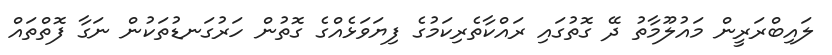
ލައިބްރަރީން މައުލޫމާތު ދޭ ގޮތުގައި ރައްކާތެރިކަމުގެ ފިޔަވަޅެއްގެ ގޮތުން ހަރުގަނޑުތަކުން ނަގާ ފޮތްތައް